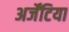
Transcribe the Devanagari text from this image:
अर्जेंटिया